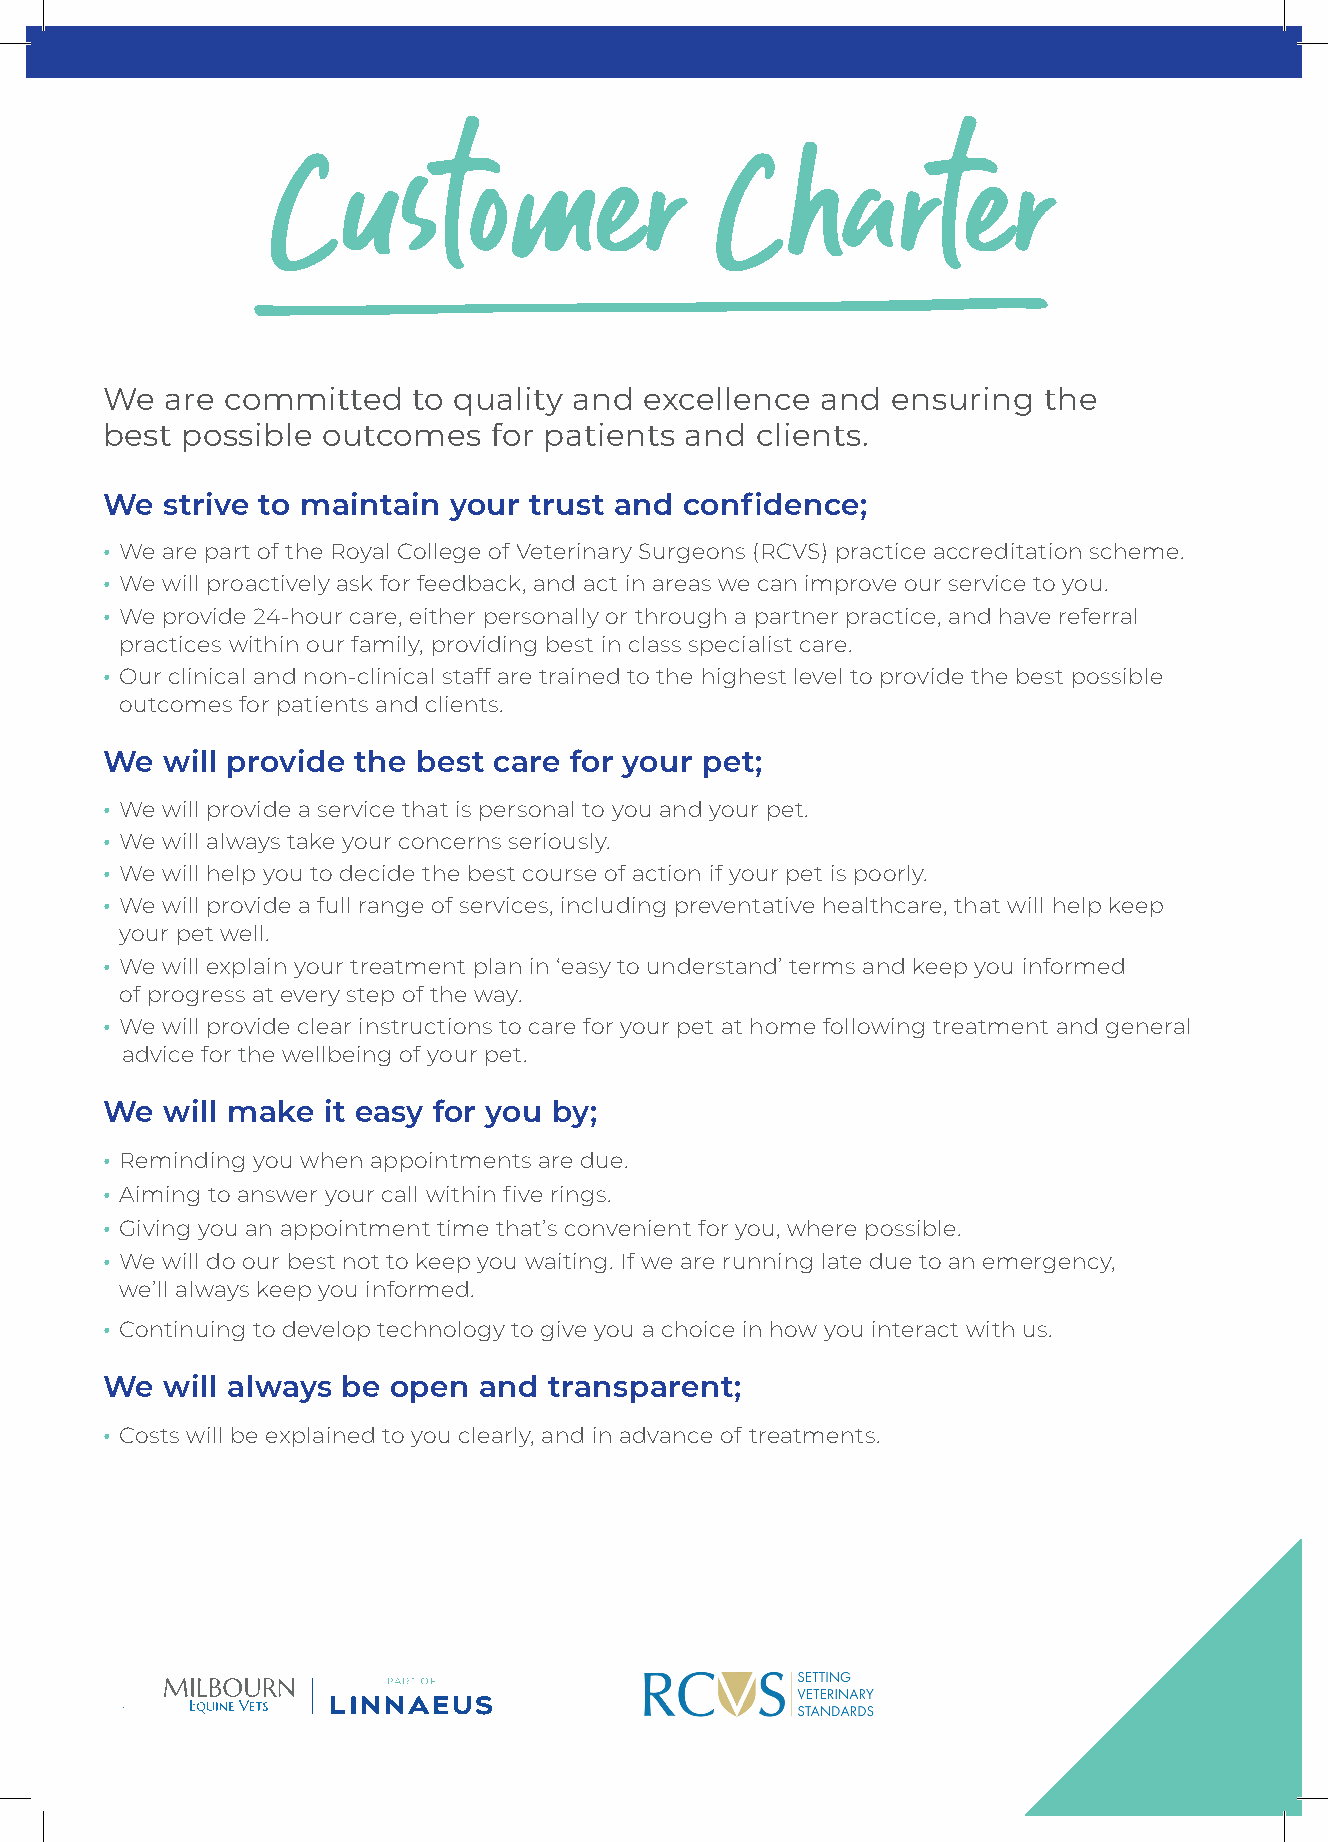
Customer                     Charter
 We  are committed   to quality and  excellence and  ensuring  the
 best possible outcomes    for patients and clients.
 We  strive to maintain your trust and confidence;
 • We are part of the Royal College of Veterinary Surgeons (RCVS) practice accreditation scheme.
 • We will proactively ask for feedback, and act in areas we can improve our service to you.
 • We provide 24-hour care, either personally or through a partner practice, and have referral
 practices within our family, providing best in class specialist care.
 • Our clinical and non-clinical staff are trained to the highest level to provide the best possible
 outcomes for patients and clients.
 We  will provide the best care for your pet;
 • We will provide a service that is personal to you and your pet.
 • We will always take your concerns seriously.
 • We will help you to decide the best course of action if your pet is poorly.
 • We will provide a full range of services, including preventative healthcare, that will help keep
 your pet well.
 • We will explain your treatment plan in ‘easy to understand’ terms and keep you informed
 of progress at every step of the way.
 • We will provide clear instructions to care for your pet at home following treatment and general
 advice for the wellbeing of your pet.
 We  will make it easy for you by;
 • Reminding you when appointments are due.
 • Aiming to answer your call within five rings.
 • Giving you an appointment time that’s convenient for you, where possible.
 • We will do our best not to keep you waiting. If we are running late due to an emergency,
 we’ll always keep you informed.
 • Continuing to develop technology to give you a choice in how you interact with us.
 We  will always be open  and transparent;
 • Costs will be explained to you clearly, and in advance of treatments.